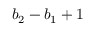
b _ { 2 } - b _ { 1 } + 1